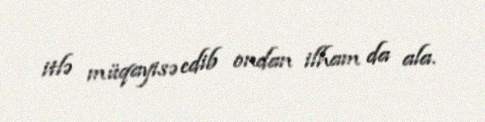
itlə müqayisə edib ondan ilham da ala.